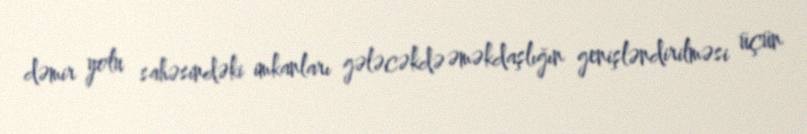
dəmir yolu sahəsindəki imkanları gələcəkdə əməkdaşlığın genişləndirilməsi üçün